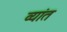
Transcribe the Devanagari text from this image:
व्यांत